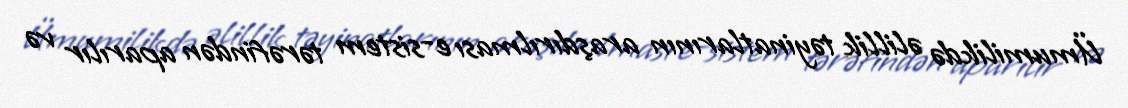
Ümumilikdə əlillik təyinatlarının araşdırılması e-sistem tərəfindən aparılır və